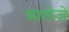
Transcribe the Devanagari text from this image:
कालेजे